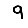
Digit: 9